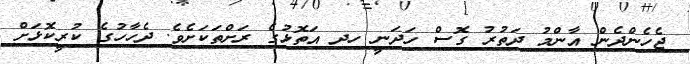
ޖެހެންދެން އާންމު ދަތުރު ގޮސް ހަދަނީ ހދ އަތޮޅުގެ ރަށްތަކަށެވެ. ދެހާހުގެ ކުރީކޮޅަށް